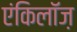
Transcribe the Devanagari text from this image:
एंकिलॉज़